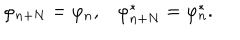
\varphi _ { n + N } = \varphi _ { n } , \varphi _ { n + N } ^ { * } = \varphi _ { n } ^ { * } .